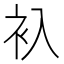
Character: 𬡂